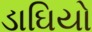
ડાઘિયો